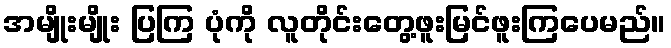
အမျိုးမျိုး ပြကြ ပုံကို လူတိုင်းတွေ့ဖူးမြင်ဖူးကြပေမည်။